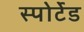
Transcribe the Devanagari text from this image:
स्पोर्टेड